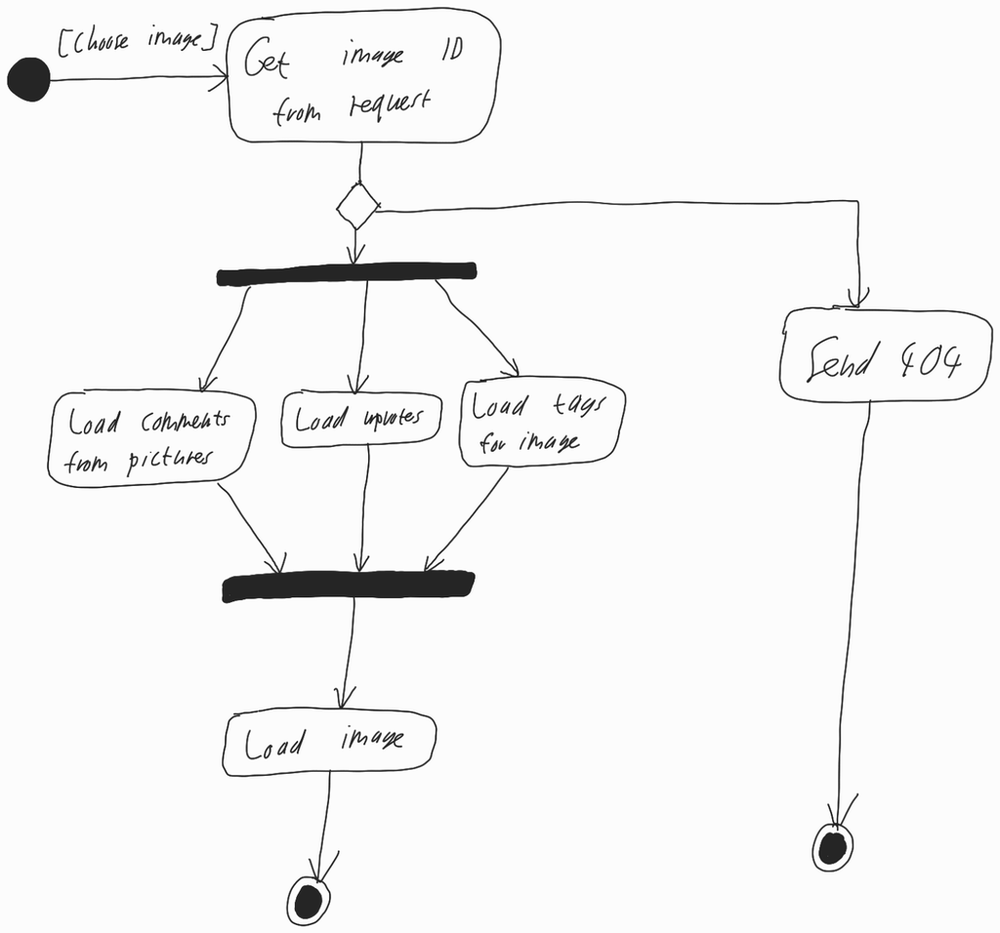
Diagram type: activity_diagram
```plantuml
@startuml

start

-> [Choose image];

:Get image ID from request;

if ()
  :Send 404;
  stop
endif

fork
  :Load comments from pictures;
fork again
  :Load upvotes;
fork again
  :Load tags for image;
end fork

:Load image;

stop

@enduml
```